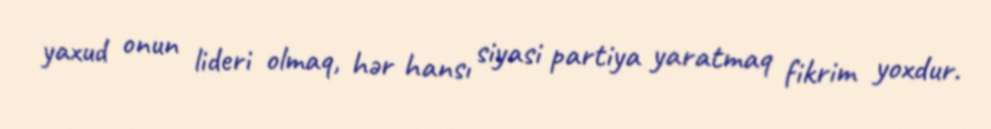
yaxud onun lideri olmaq, hər hansı siyasi partiya yaratmaq fikrim yoxdur.